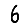
Digit: 6